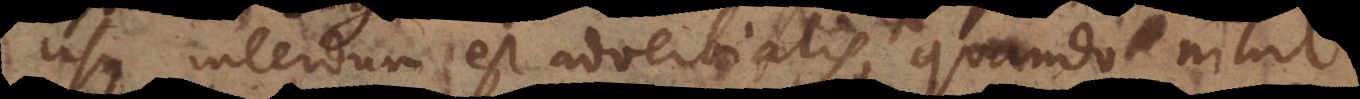
rdum est adverbialis, quando nihil